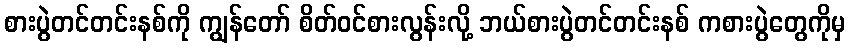
စားပွဲတင်တင်းနစ်ကို ကျွန်တော် စိတ်ဝင်စားလွန်းလို့ ဘယ်စားပွဲတင်တင်းနစ် ကစားပွဲတွေကိုမှ